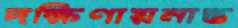
দক্ষিণায়নান্ত